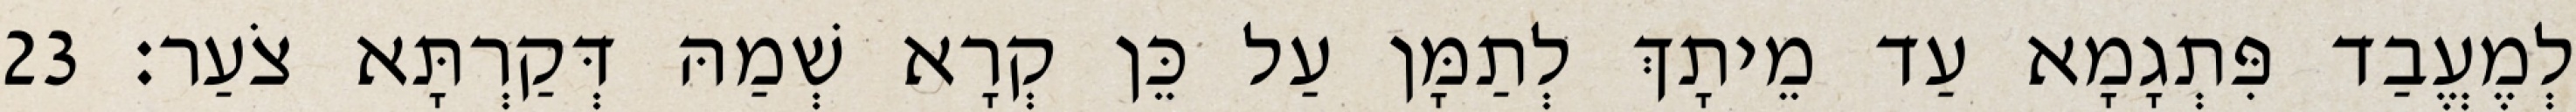
לְמֶעֱבַד פִּתְגָמָא עַד מֵיתָךְ לְתַמָּן עַל כֵּן קְרָא שְׁמַהּ דְּקַרְתָּא צֹעַר׃ 23